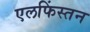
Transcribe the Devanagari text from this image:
एलफिंस्तन